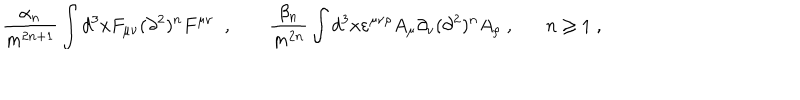
LaTeX: \frac { \alpha _ { n } } { m ^ { 2 n + 1 } } \int d ^ { 3 } x F _ { \mu \nu } ( \partial ^ { 2 } ) ^ { n } F ^ { \mu \nu } \; \; , \; \frac { \beta _ { n } } { m ^ { 2 n } } \int d ^ { 3 } x \varepsilon ^ { \mu \nu \rho } A _ { \mu } \partial _ { \nu } ( \partial ^ { 2 } ) ^ { n } A _ { \rho } \; , n \geq 1 \; ,